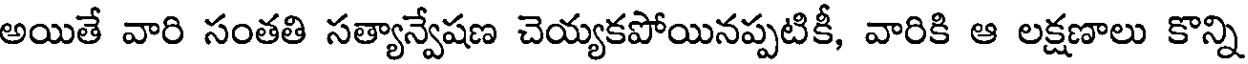
అయితే వారి సంతతి సత్యాన్వేషణ చెయ్యకపోయినప్పటికీ, వారికి ఆ లక్షణాలు కొన్ని